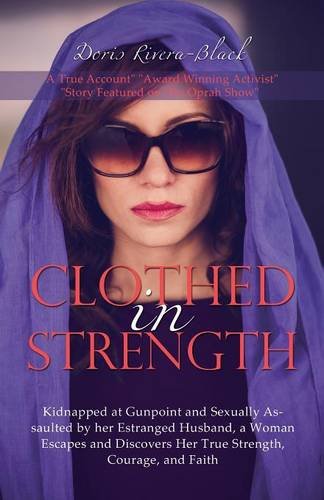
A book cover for Clothed in Strength; Doris Rivera-Black; Parenting & Relationships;